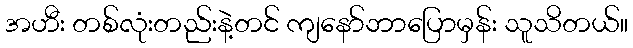
အဟီး တစ်လုံးတည်းနဲ့တင် ကျနော်ဘာပြောမှန်း သူသိတယ်။